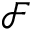
\mathcal { F }